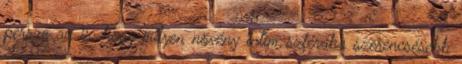
persze az is, hogy milyen növény intim szférába szerencsésebb